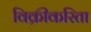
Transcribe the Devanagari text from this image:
विक्रीकरिता